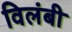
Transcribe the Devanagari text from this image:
विलंबी